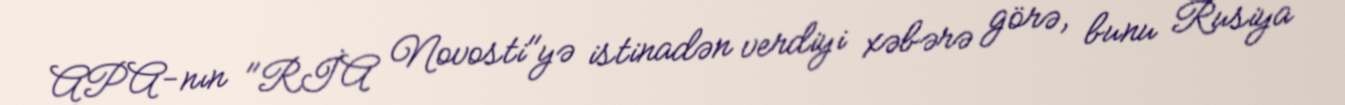
APA-nın "RİA Novosti"yə istinadən verdiyi xəbərə görə, bunu Rusiya